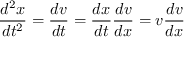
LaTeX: { \frac { d ^ { 2 } x } { d t ^ { 2 } } } = { \frac { d v } { d t } } = { \frac { d x } { d t } } { \frac { d v } { d x } } = v { \frac { d v } { d x } }